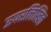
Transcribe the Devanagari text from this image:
ऊपरलिखित